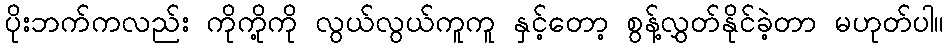
ပိုးဘက်ကလည်း ကိုကို့ကို လွယ်လွယ်ကူကူ နှင့်တော့ စွန့်လွှတ်နိုင်ခဲ့တာ မဟုတ်ပါ။